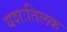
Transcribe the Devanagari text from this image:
यशःतिलक